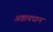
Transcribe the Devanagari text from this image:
अष्टावधान